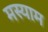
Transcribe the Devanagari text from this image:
मस्याम